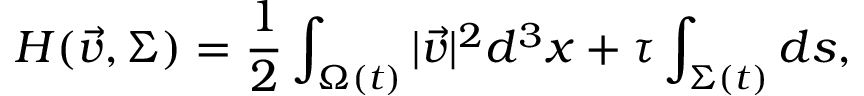
H ( \vec { v } , \Sigma ) = \frac { 1 } { 2 } \int _ { \Omega ( t ) } | \vec { v } | ^ { 2 } d ^ { 3 } x + \tau \int _ { \Sigma ( t ) } d s ,